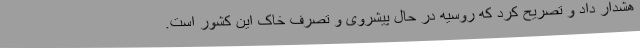
هشدار داد و تصریح کرد که روسیه در حال پیشروی و تصرف خاک این کشور است.